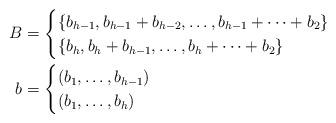
LaTeX: \begin{align*}B&=\begin{cases}\{b_{h-1},b_{h-1}+b_{h-2},\dots,b_{h-1}+\cdots+b_2\}&\\\{b_{h},b_{h}+b_{h-1},\dots,b_{h}+\cdots+b_2\}&\end{cases}\\b&=\begin{cases}(b_1,\dots,b_{h-1})&\\(b_1,\dots,b_{h})&\end{cases}\end{align*}